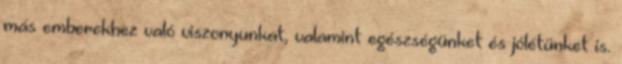
más emberekhez való viszonyunkat, valamint egészségünket és jólétünket is.